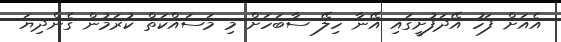
އެއަށް ފަހު އޭދަފުށީގައި އޭނާ ހިލޭ ސާބަހަށް މި މަސައްކަތް ކުރަމުން ގެންދިޔަ